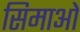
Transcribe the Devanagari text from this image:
सिमाओ